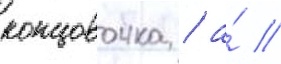
концовочка / а́ //